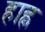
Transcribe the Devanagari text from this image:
हाह्न